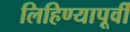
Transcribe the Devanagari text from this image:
लिहिण्‍यापूर्वी